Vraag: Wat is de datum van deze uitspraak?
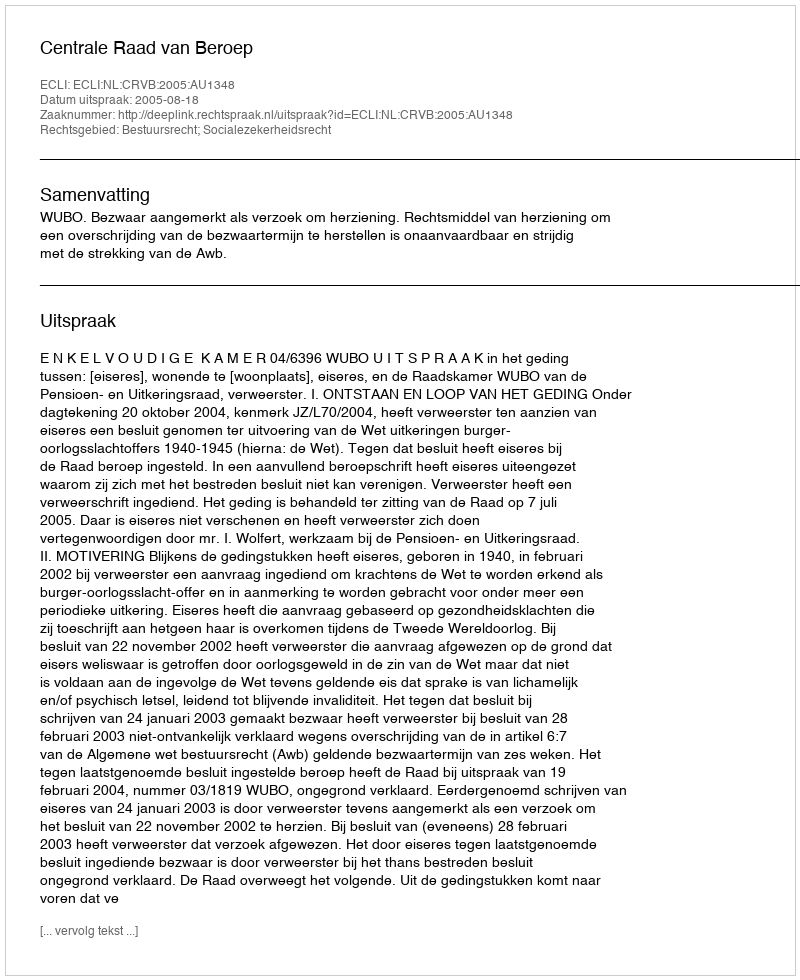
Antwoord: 2005-08-18